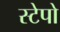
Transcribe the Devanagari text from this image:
स्टेपो